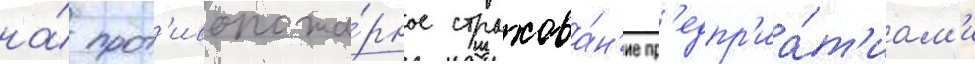
на́ прот'ивопожа́рное страхова́н'ие пр'едпр'иа́т'иам'и